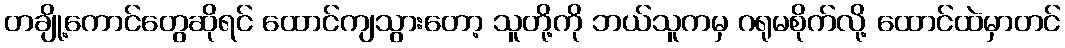
တချို့ကောင်တွေဆိုရင် ထောင်ကျသွားတော့ သူတို့ကို ဘယ်သူကမှ ဂရုမစိုက်လို့ ထောင်ထဲမှာတင်